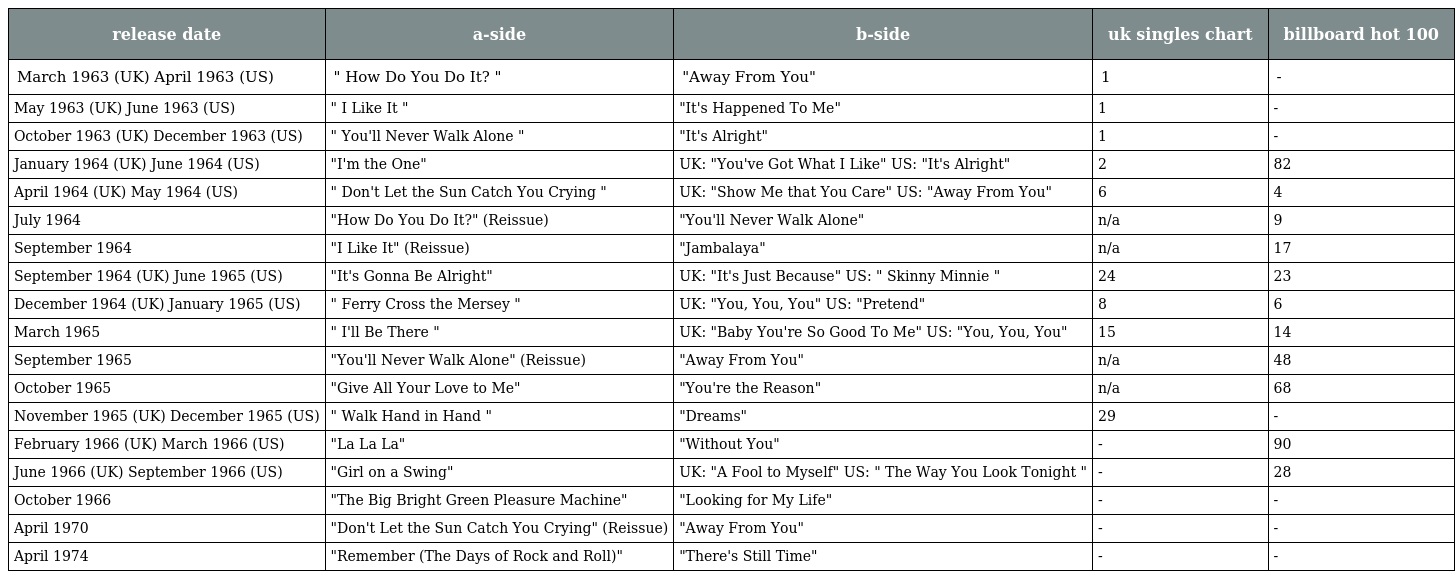
| release date | a-side | b-side | uk singles chart | billboard hot 100 |
 | --- | --- | --- | --- | --- |
 | March 1963 (UK) April 1963 (US) | " How Do You Do It? " | "Away From You" | 1 | - |
 | May 1963 (UK) June 1963 (US) | " I Like It " | "It's Happened To Me" | 1 | - |
 | October 1963 (UK) December 1963 (US) | " You'll Never Walk Alone " | "It's Alright" | 1 | - |
 | January 1964 (UK) June 1964 (US) | "I'm the One" | UK: "You've Got What I Like" US: "It's Alright" | 2 | 82 |
 | April 1964 (UK) May 1964 (US) | " Don't Let the Sun Catch You Crying " | UK: "Show Me that You Care" US: "Away From You" | 6 | 4 |
 | July 1964 | "How Do You Do It?" (Reissue) | "You'll Never Walk Alone" | n/a | 9 |
 | September 1964 | "I Like It" (Reissue) | "Jambalaya" | n/a | 17 |
 | September 1964 (UK) June 1965 (US) | "It's Gonna Be Alright" | UK: "It's Just Because" US: " Skinny Minnie " | 24 | 23 |
 | December 1964 (UK) January 1965 (US) | " Ferry Cross the Mersey " | UK: "You, You, You" US: "Pretend" | 8 | 6 |
 | March 1965 | " I'll Be There " | UK: "Baby You're So Good To Me" US: "You, You, You" | 15 | 14 |
 | September 1965 | "You'll Never Walk Alone" (Reissue) | "Away From You" | n/a | 48 |
 | October 1965 | "Give All Your Love to Me" | "You're the Reason" | n/a | 68 |
 | November 1965 (UK) December 1965 (US) | " Walk Hand in Hand " | "Dreams" | 29 | - |
 | February 1966 (UK) March 1966 (US) | "La La La" | "Without You" | - | 90 |
 | June 1966 (UK) September 1966 (US) | "Girl on a Swing" | UK: "A Fool to Myself" US: " The Way You Look Tonight " | - | 28 |
 | October 1966 | "The Big Bright Green Pleasure Machine" | "Looking for My Life" | - | - |
 | April 1970 | "Don't Let the Sun Catch You Crying" (Reissue) | "Away From You" | - | - |
 | April 1974 | "Remember (The Days of Rock and Roll)" | "There's Still Time" | - | - |